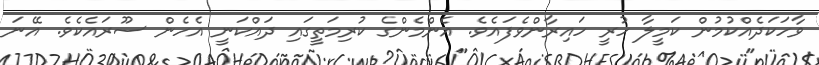
ވާހަކަދެއްކުމުން ކަމީލާ ހުރީ ހައިރާންވެފައެވެ. އެންމެންގެ ކުރިމަތީގައި ދައްކަނީ އެހެން ސޫރައެކެވެ. އޭނަ